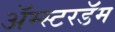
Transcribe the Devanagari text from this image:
अॅम्स्टरडॅम